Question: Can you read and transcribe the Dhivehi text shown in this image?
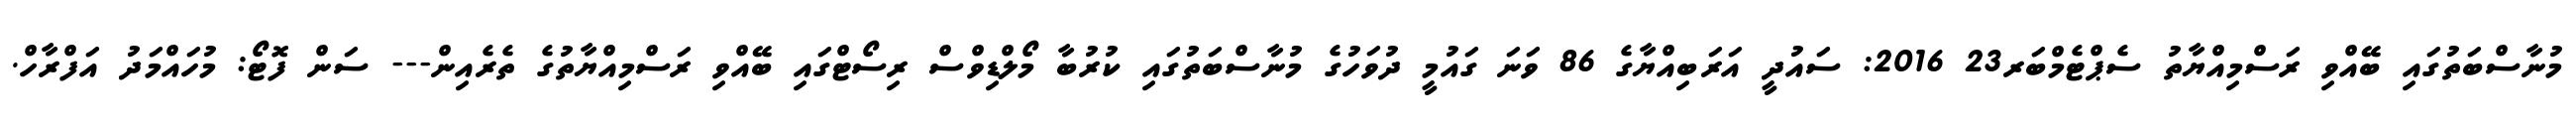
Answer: މުނާސްބަތުގައި ބޭއްވި ރަސްމިއްޔާތު ސެޕްޓެމްބަރ23 2016: ސައުދީ އަރަބިއްޔާގެ 86 ވަނަ ގައުމީ ދުވަހުގެ މުނާސްބަތުގައި ކުރުބާ މޯލްޑިވްސް ރިސޯޓްގައި ބޭއްވި ރަސްމިއްޔާތުގެ ތެރެއިން--- ސަން ފޮޓޯ: މުހައްމަދު އަފްރާހް.